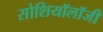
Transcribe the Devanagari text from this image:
सोशियॉलॉजी